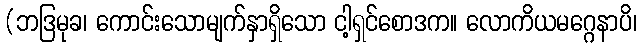
(ဘဒြမုခ၊ ကောင်းသောမျက်နှာရှိသော ငါ့ရှင်စောဒက။ လောကိယမဂ္ဂေနာပိ၊